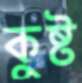
কুষ্ট